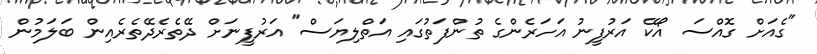
"ގެއަށް ގޮއްސަ އޯކޭ އަރުފީނު އަހަރެންގެ ތުންފަތުގައި އަތްލިޔަސް" އަރުފީނަށް ދޭތެރެދޭތެރެއިން ބަލަމުން